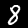
Digit: 8